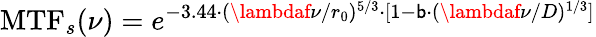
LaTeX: \operatorname{MTF}_{s}(\nu)=e^{-3.44\cdot(\lambdaf\nu/r_{0})^{5/3}\cdot[1-\mathsf{b}\cdot(\lambdaf\nu/D)^{1/3}]}